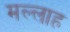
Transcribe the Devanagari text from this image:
मल्‍लाह